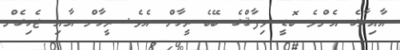
އާއިލާގެ އެންމެ ބޮޑީ ވިފާޤްގެ ބޭބެ ރީހާން އެވެ. ރީހާން އާއި ޖެހިގެން